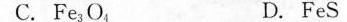
C.Fe_{3} O_{4} D. FeS